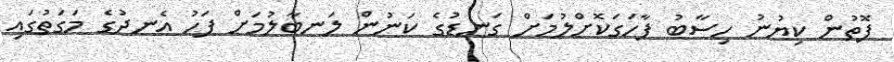
ފޮތުން ކިޔުނު ހިސާބު ފާހަގަކޮށްލުމަށް ގަނޑުގެ ކަނުން ލަނބާލުމަށް ފަހު އެނދުގެ މަގަތުގައި